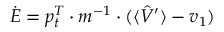
\dot { E } = p _ { t } ^ { T } \cdot m ^ { - 1 } \cdot ( \langle \hat { V } ^ { \prime } \rangle - v _ { 1 } )